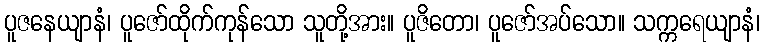
ပူဇနေယျာနံ၊ ပူဇော်ထိုက်ကုန်သော သူတို့အား။ ပူဇိတော၊ ပူဇော်အပ်သော။ သက္ကရေယျာနံ၊